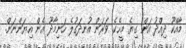
މާއްކޫ ދިއްދު އަން ގިޔެ މީހެކެ. ވަރަން އުނދަގުލެ ހަނިމާދޫ އެން އިޔަންނަން.